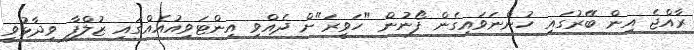
ރާއްޖެ އިން ބޭރުގައި ހުންނަވައިގެން ފޯނުން "ހަވީރަ"ށް ދެއްވި އިންޓަވިއުއެއްގައި ޒުލްފާ ވިދާޅުވީ